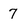
Character: 7